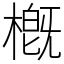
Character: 槪